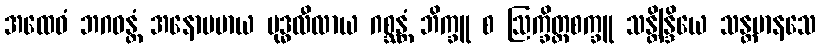
အထေဝံ ဘဂဝန္တံ အနောပမာယ ဗုဒ္ဓလီလာယ ဂစ္ဆန္တံ ဘိက္ခူ စ ဩက္ခိတ္တစက္ခူ သန္တိန္ဒြိယေ သန္တမာနသေ